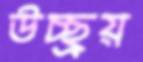
উচ্ছ্রয়